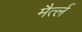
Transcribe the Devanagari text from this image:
मैर्त्ल